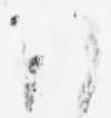
候